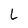
Character: l